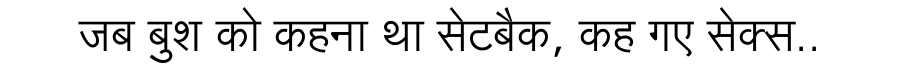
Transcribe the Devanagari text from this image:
जब बुश को कहना था सेटबैक, कह गए सेक्स..